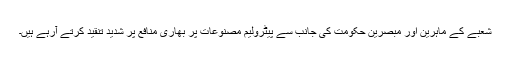
شعبے کے ماہرین اور مبصرین حکومت کی جانب سے پیٹرولیم مصنوعات پر بھاری منافع پر شدید تنقید کرتے آرہے ہیں۔